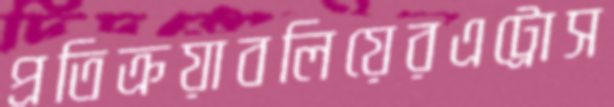
প্রতিক্রয়াবলিয়েরএট্রোস